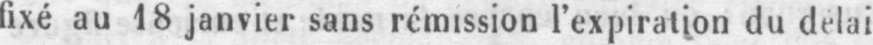
fixé au 18 janvier sans rémission l’expiration du délai